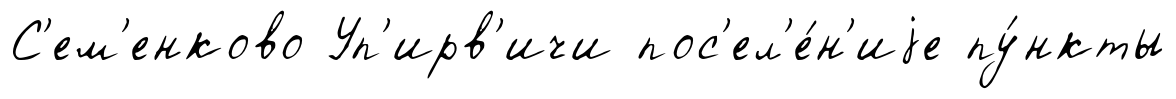
С'ем'енково Уп'ирв'ичи пос'ел'е́н'иjе пу́нкты